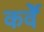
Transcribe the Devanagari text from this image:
कर्वेे